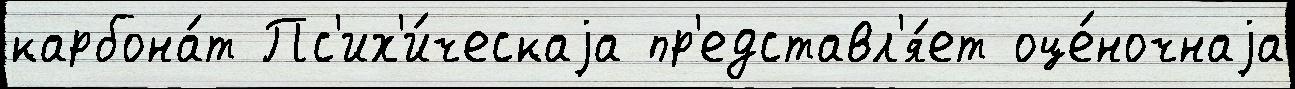
карбона́т Пс'их'и́ческаjа пр'едставл'я́ет оце́ночнаjа